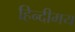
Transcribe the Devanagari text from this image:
हिन्दीमय